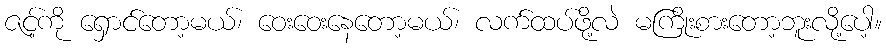
ဇင့်ကို ရှောင်တော့မယ်၊ ဝေးဝေးနေတော့မယ်၊ လက်ထပ်ဖို့လဲ မကြိုးစားတော့ဘူးလို့ပေါ့။